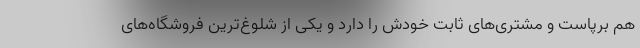
هم برپاست و مشتری‌های ثابت خودش را دارد و یکی از شلوغ‌ترین فروشگاه‌های